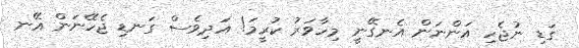
ގަޑި ނުޖެހި އަންނަން އެނގޭނީ މިހާވަރު ކުރީމަ! އަދިވެސް ގަނޑި ޖެހޭނަން އޭނ